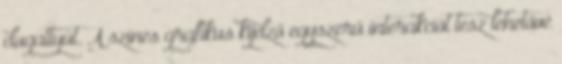
dugattyút. A színes grafikus kijelző egyszerű interakciót tesz lehetővé